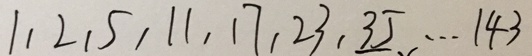
1 , 2 , 5 , 1 1 , 1 7 , 2 3 , 3 5 \cdots 1 4 3